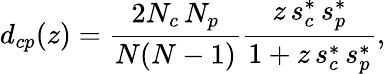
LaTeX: d_{cp}(z)=\frac{2N_{c}\, N_{p}}{N(N-1)}\frac{z\, s_{c}^{*}\, s_{p}^{*}}{1+z\, s_{c}^{*}\, s_{p}^{*}},